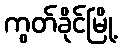
ကွတ်ခိုင်မြို့